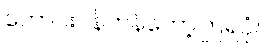
တောင်းပန်ကန်တော့ကြရပုံ။